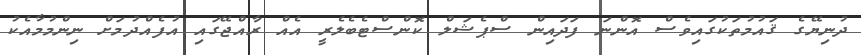
ދުނިޔޭގެ ޤައުމުތަކުގައިވެސް އޮންނަ ފަދައިން ސްޕެޝަލް ކޮންސްޓެބެލެރީ އެއް ރާއްޖޭގައި އުފެއްދުމަށް ނިންމުމާއެކު